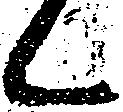
候